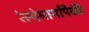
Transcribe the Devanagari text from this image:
रेल्वेमार्गांपैकी